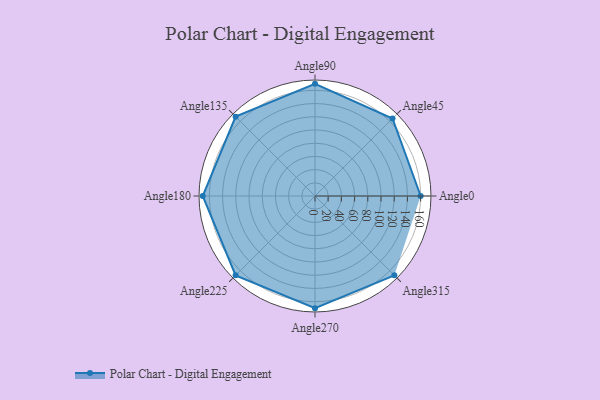
{"axis": {"x": "Angle", "y": "Radius"}, "legend": [""], "data": [{"x": "Angle0", "y": 160.0, "type": ""}, {"x": "Angle45", "y": 166.0, "type": ""}, {"x": "Angle90", "y": 170, "type": ""}, {"x": "Angle135", "y": 170, "type": ""}, {"x": "Angle180", "y": 170, "type": ""}, {"x": "Angle225", "y": 170, "type": ""}, {"x": "Angle270", "y": 170, "type": ""}, {"x": "Angle315", "y": 170, "type": ""}]}